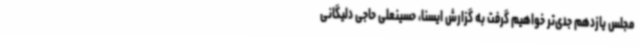
مجلس یازدهم جدی‌تر خواهیم گرفت به گزارش ایسنا، حسینعلی حاجی دلیگانی